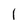
Character: l